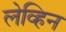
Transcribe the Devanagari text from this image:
लेव्हिन